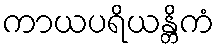
ကာယပရိယန္တိကံ